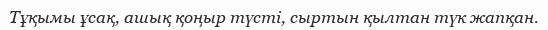
Тұқымы ұсақ, ашық қоңыр түсті, сыртын қылтан түк жапқан.